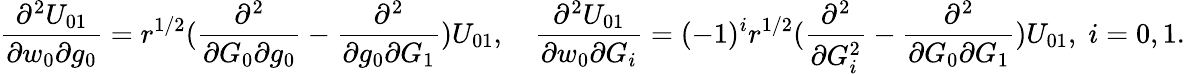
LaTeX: \frac{\partial^{2}U_{01}}{\partial w_{0}\partial g_{0}}=r^{1/2}(\frac{\partial^{2}}{\partial G_{0}\partial g_{0}}-\frac{\partial^{2}}{\partial g_{0}\partial G_{1}})U_{01},\quad\frac{\partial^{2}U_{01}}{\partial w_{0}\partial G_{i}}=(-1)^{i}r^{1/2}(\frac{\partial^{2}}{\partial G_{i}^{2}}-\frac{\partial^{2}}{\partial G_{0}\partial G_{1}})U_{01},\; i=0,1.